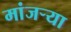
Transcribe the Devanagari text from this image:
मांजर्‍या